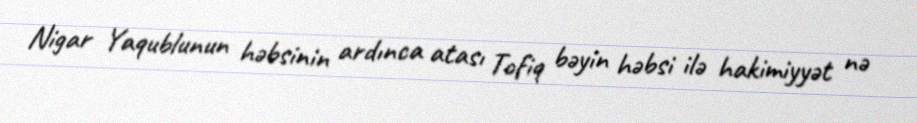
Nigar Yaqublunun həbsinin ardınca atası Tofiq bəyin həbsi ilə hakimiyyət nə